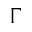
\Gamma